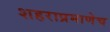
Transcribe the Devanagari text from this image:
शहराप्रमाणेच